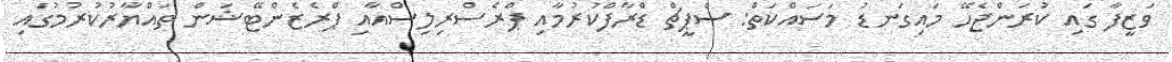
ވަޒީފާ ގައި ކުރަންޖެހޭ މައިގަނޑު މަސައްކަތް: ސްޕީޗް ޑްރާފްކުރުމާއި ޕްރެސްރިލިސްއާއި ޕްރެޒެންޓޭޝަން ތައްޔާރުކުރުމުގައި